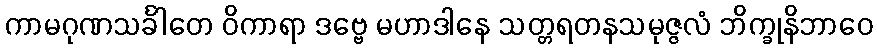
ကာမဂုဏသင်္ခါတေ ဝိကာရာ ဒဗ္ဗေ မဟာဒါနေ သတ္တရတနသမုဇ္ဇလံ ဘိက္ခုနိဘာဝေ